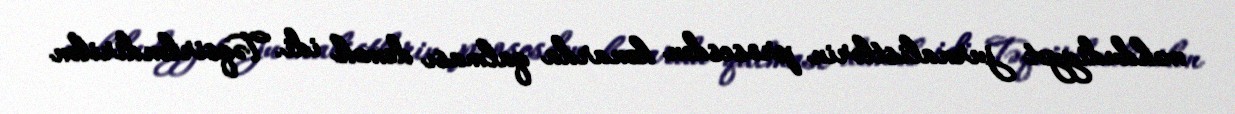
məhdudiyyət jurnalistlərin prosesdən kənarda qalması demək idi. Təqsirləndirilən